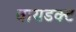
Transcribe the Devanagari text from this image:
वायडक्ट